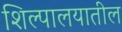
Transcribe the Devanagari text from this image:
शिल्पालयातील